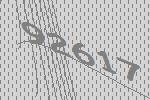
92617